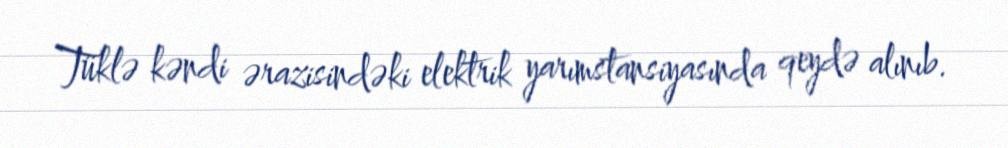
Tüklə kəndi ərazisindəki elektrik yarımstansiyasında qeydə alınıb.